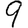
Digit: 9